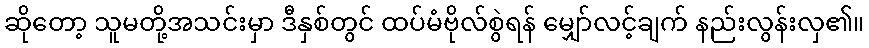
ဆိုတော့ သူမတို့အသင်းမှာ ဒီနှစ်တွင် ထပ်မံဗိုလ်စွဲရန် မျှော်လင့်ချက် နည်းလွန်းလှ၏။